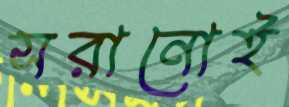
সরানোই